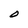
Character: O